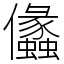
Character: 㒩